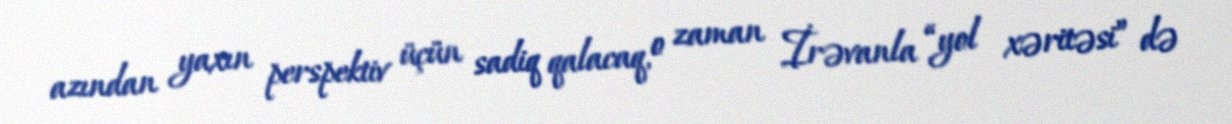
azından yaxın perspektiv üçün sadiq qalacaq, o zaman İrəvanla “yol xəritəsi” də